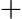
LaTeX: +